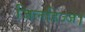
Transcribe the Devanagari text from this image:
जिलहिज्ज।